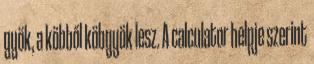
gyök, a köbből köbgyök lesz. A calculator helpje szerint